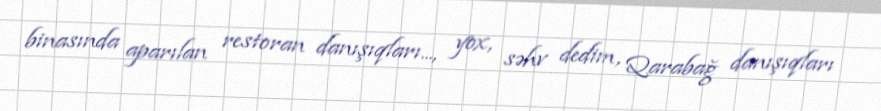
binasında aparılan restoran danışıqları..., yox, səhv dedim, Qarabağ danışıqları